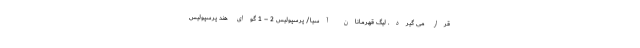
قرار می گیرد. لیگ قهرمانان آسیا/ پرسپولیس 2 – 1 گوای هند پرسپولیس